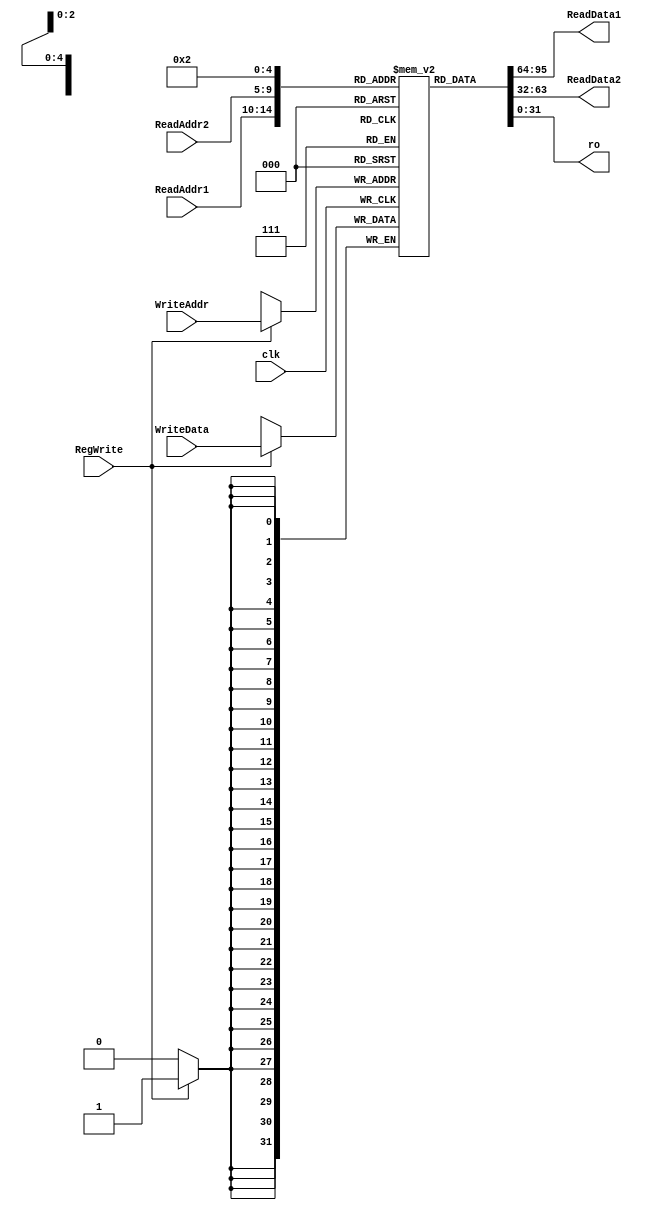
module RegisterBanc(ReadData1, ReadData2, WriteData,ReadAddr1, ReadAddr2, WriteAddr, RegWrite, clk , ro);
    output [31:0] ReadData1, ReadData2;
    input [31:0] WriteData;
    input [4:0] ReadAddr1, ReadAddr2, WriteAddr;
    input [0:0] RegWrite, clk;
	 output [31:0] ro;


    reg [31:0] Register [0:31];
	 
	 
    initial begin 
      Register[0] = 32'd0;
		Register[1] = 32'd0;
		Register[2] = 32'd0;
		Register[3] = 32'd0;
		Register[4] = 32'd0;
		Register[5] = 32'd0;
		Register[6] = 32'd0;
		Register[7] = 32'd0;
		Register[8] = 32'd0;
		Register[9] = 32'd0;
		Register[10] = 32'd0;
		Register[11] = 32'd0;
		Register[12] = 32'd0;
		Register[13] = 32'd0;
		Register[14] = 32'd0;
		Register[15] = 32'd0;
		Register[16] = 32'd0;
		Register[17] = 32'd0;
		Register[18] = 32'd0;
		Register[19] = 32'd0;
		Register[20] = 32'd0;
		Register[21] = 32'd0;
		Register[22] = 32'd0;
		Register[23] = 32'd0;
		Register[24] = 32'd0;
		Register[25] = 32'd0;
		Register[26] = 32'd0;
		Register[27] = 32'd0;
		Register[28] = 32'd0;
		Register[29] = 32'd0;
		Register[30] = 32'd0;
		Register[31] = 32'd0;
    end
	 
	 
    always @ (posedge clk) begin
        if (RegWrite) begin
            Register[WriteAddr] <= WriteData; 
        end

    end
    
    assign ReadData1 = Register[ReadAddr1];
    assign ReadData2 = Register[ReadAddr2];
	 assign ro=Register[4'd2];

endmodule